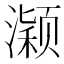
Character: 𱩂